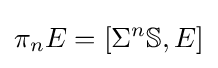
\displaystyle \pi _{n}E=[\Sigma ^{n}\mathbb {S} ,E]